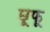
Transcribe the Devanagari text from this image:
छूफू